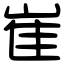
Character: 崔